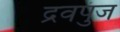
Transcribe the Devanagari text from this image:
द्रवपुंज